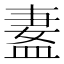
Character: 𬐢